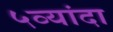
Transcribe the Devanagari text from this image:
५व्यांदा